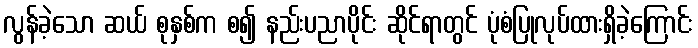
လွန်ခဲ့သော ဆယ် စုနှစ်က စ၍ နည်းပညာပိုင်း ဆိုင်ရာတွင် ပုံစံပြုလုပ်ထားရှိခဲ့ကြောင်း